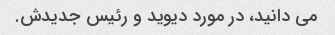
می دانید، در مورد دیوید و رئیس جدیدش.